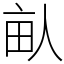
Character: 畒